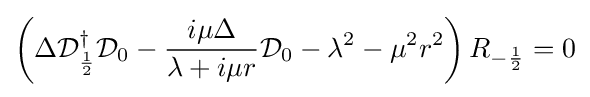
\left(\Delta {\mathcal {D}}_{\frac {1}{2}}^{\dagger }{\mathcal {D}}_{0}-{\frac {i\mu \Delta }{\lambda +i\mu r}}{\mathcal {D}}_{0}-\lambda ^{2}-\mu ^{2}r^{2}\right)R_{-{\frac {1}{2}}}=0